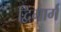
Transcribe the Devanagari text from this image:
द्विमार्ग